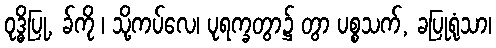
ဝုဒ္ဓိပြု, ခ်ကို ၊ သို့ကပ်လေ၊ ပုရက္ခတွာ၌ တွာ ပစ္စသက်, ခပြုရုံသာ၊